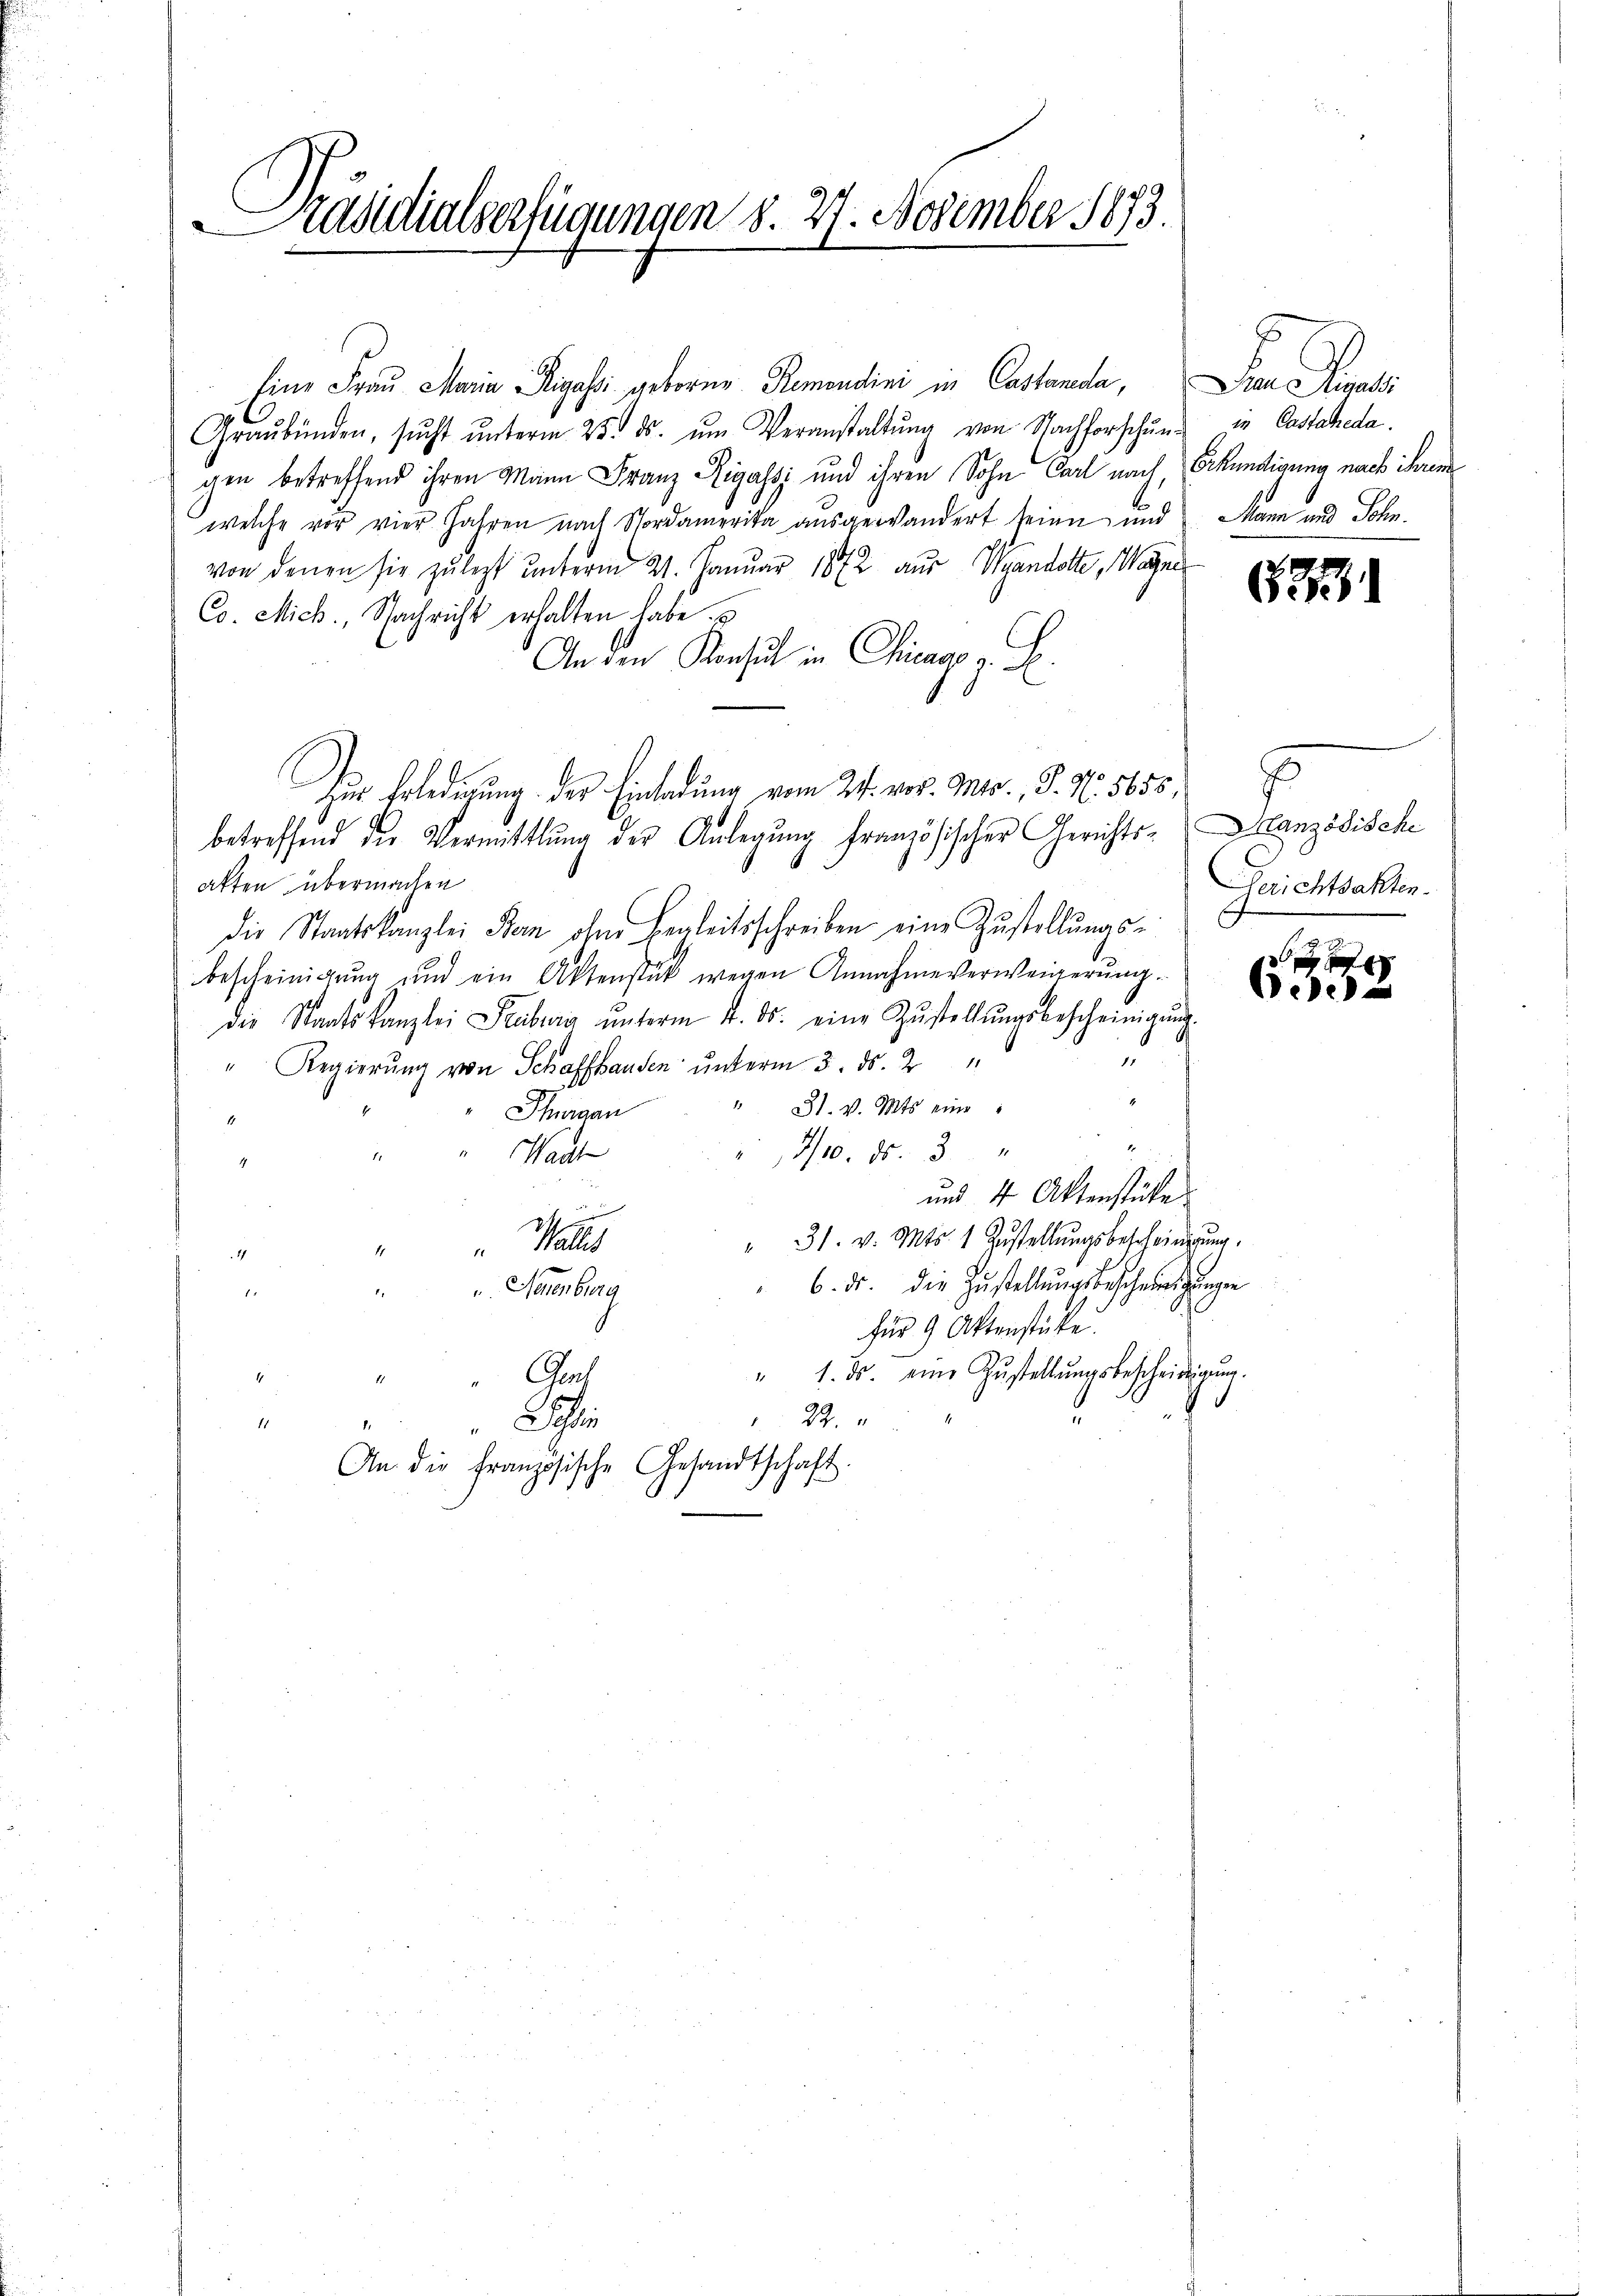
Präsidialverfügungen 8. 27. November 1873.

Eine Frau Maria Rigassi geborne Remondini in Castanda, Frau Rigassi
Graubünden, sŭcht ŭnterm 25. ds. ŭm Veranstaltŭng von Nachforschŭng in Castaheda.
gen betreffend ihren Mann Franz Rigassi und ihren Sohn Carl nach, Erkundigung nach ihrem
welche vor vier Jahren nach Nordamerika ausgewandert seine und Mann und Sohn,
von denen sie zu legt unterm 21. Januar 1872 aus Vigandotte, Wagne
Co. Mich., Nachricht erhalten habe.
An den Konsul in Chicago z. B.
betreffend die Vermittlung der Anlegung französischer Gerichts-Oranzösische
alten übermachen
die Staatskanzlei Bern ohne Begleitsschreiben eine Zustellungs-
bescheinigung und ein Aktenstük wegen Annahmeverweigerŭng.
die Staatskanzlei Stuburg ŭnterm 4. ds. eine Zŭstellŭngsbescheinigŭng
" Regierung von Schaffhausen unterm 3. ds. 2
" 31. v. Mts. eine
Thurgau
E
7/10. ds. 3
Wach
und 4 Aktenstücke.
" 31. v. Mts. 1 Zustellungsbescheinigung.
Malles
6. ds. die Zustellŭngsbescheinigungen
v. Seienberg.
n
für 9 Aktenstücke.
" 1. ds. eine Zŭstellŭngsbescheidigŭng.
4
Ges
4
22.
Schein
11
An die französische Gesandtschaft.

zur Erledigung der Einladung vom 24. vor. Mts., S. N. 5655;

E
Gerichtsakten.
.

62

p
ee